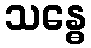
သန္ဓေ